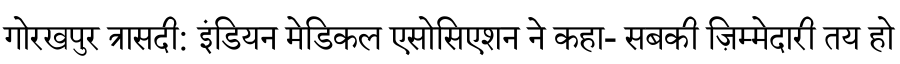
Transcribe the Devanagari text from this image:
गोरखपुर त्रासदी: इंडियन मेडिकल एसोसिएशन ने कहा- सबकी ज़िम्मेदारी तय हो